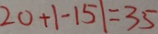
2 0 + \vert - 1 5 \vert = 3 5